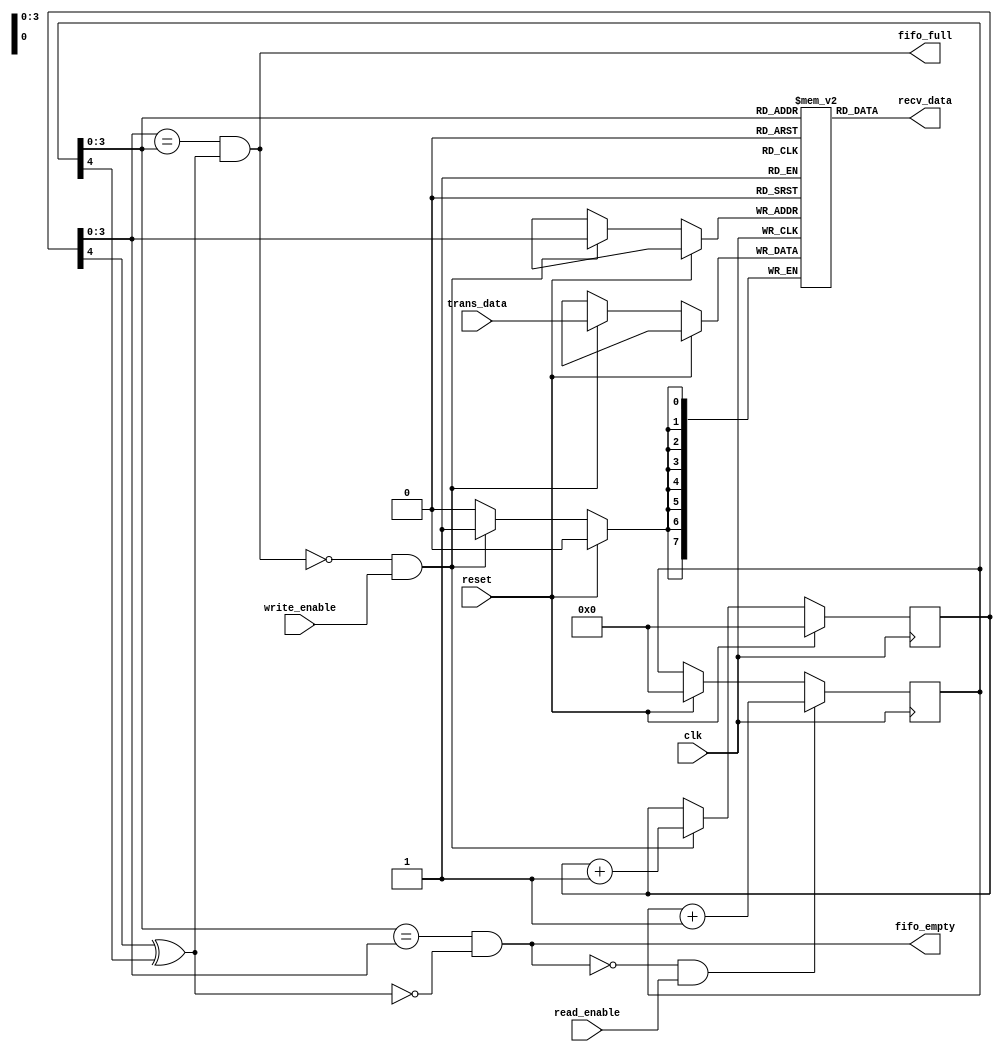
module synchronous_fifo(clk,reset,write_enable,read_enable,trans_data,recv_data,fifo_full,fifo_empty);

parameter address_bus_length = 4;
parameter data_bus_length = 8;
parameter fifo_depth = 2**address_bus_length;

input clk,reset;
input write_enable,read_enable;
input[data_bus_length-1:0] trans_data;
output[data_bus_length-1:0] recv_data;
output fifo_full,fifo_empty;

reg[data_bus_length-1:0] fifo[fifo_depth-1:0];

reg[address_bus_length:0] wptr,rptr;

always@(posedge clk)
begin
if(reset)
begin
wptr <= 5'b00000;
rptr <= 5'b00000;
end
else
if((~fifo_full) & write_enable)
begin
fifo[wptr[address_bus_length-1:0]] <= trans_data;
wptr <= wptr+1;
end
if((~fifo_empty) & read_enable)
rptr <= rptr+1;
end
assign recv_data = fifo[rptr[address_bus_length-1:0]];

assign  fifo_full  = ((wptr[address_bus_length-1:0] == rptr[address_bus_length-1:0]) && (wptr[address_bus_length] ^ rptr[address_bus_length]));
assign  fifo_empty = ((rptr[address_bus_length-1:0] == wptr[address_bus_length-1:0]) && (~(rptr[address_bus_length]^wptr[address_bus_length])));

endmodule